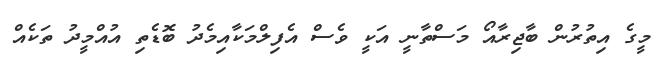
މީގެ އިތުރުން ބާޖިރާއޯ މަސްތާނީ އަކީ ވެސް އެފިލްމަކާއިމެދު ބޮޑެތި އުއްމީދު ތަކެއް